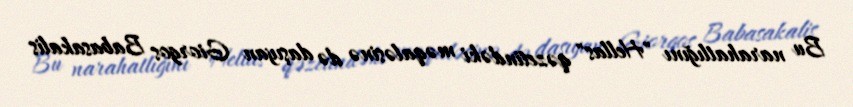
Bu narahatlığını "Hellas" qəzetindəki məqaləsinə də daşıyan Giorgos Babasakalis